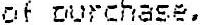
OF OURCHASE.